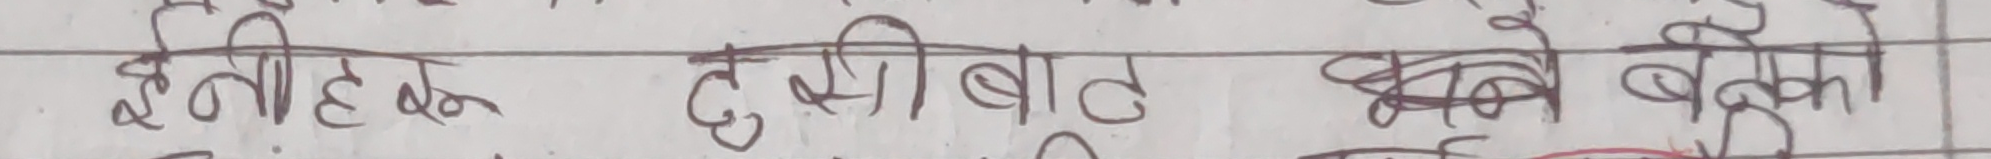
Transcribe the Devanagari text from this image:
इनीहरु दुखी बाट बनेको